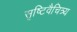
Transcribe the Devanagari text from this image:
सृष्टिवैचित्र्य